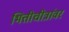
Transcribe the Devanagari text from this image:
भित्तीचीत्रांवर